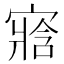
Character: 𡪁